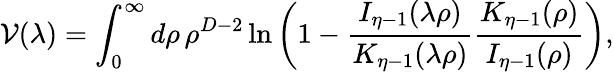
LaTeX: {\cal V}(\lambda)=\int_{0}^{\infty}d\rho\, \rho^{D-2}\ln\left(1-{\frac{I_{\eta-1}(\lambda\rho)}{K_{\eta-1}(\lambda\rho)}}{\frac{K_{\eta-1}(\rho)}{I_{\eta-1}(\rho)}}\right),